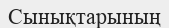
Сынықтарының